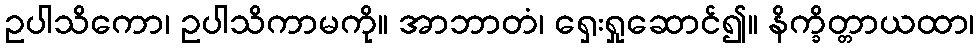
ဥပါသိကော၊ ဥပါသိကာမကို။ အာဘာတံ၊ ရှေးရှုဆောင်၍။ နိက္ခိတ္တာယထာ၊